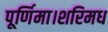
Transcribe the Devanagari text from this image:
पूर्णिमा।शरिमध